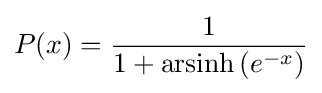
P(x)={\frac {1}{1+\operatorname {arsinh} \left(e^{-x}\right)}}